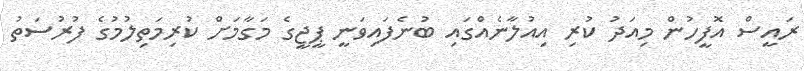
ރައީސް އޮފީހުން މިއަދު ކުރި އިއުލާނެއްގައި ބުނެފައިވަނީ ޕީޖީގެ މަގާމަށް ކުރިމަތިލުމުގެ ފުރުސަތު